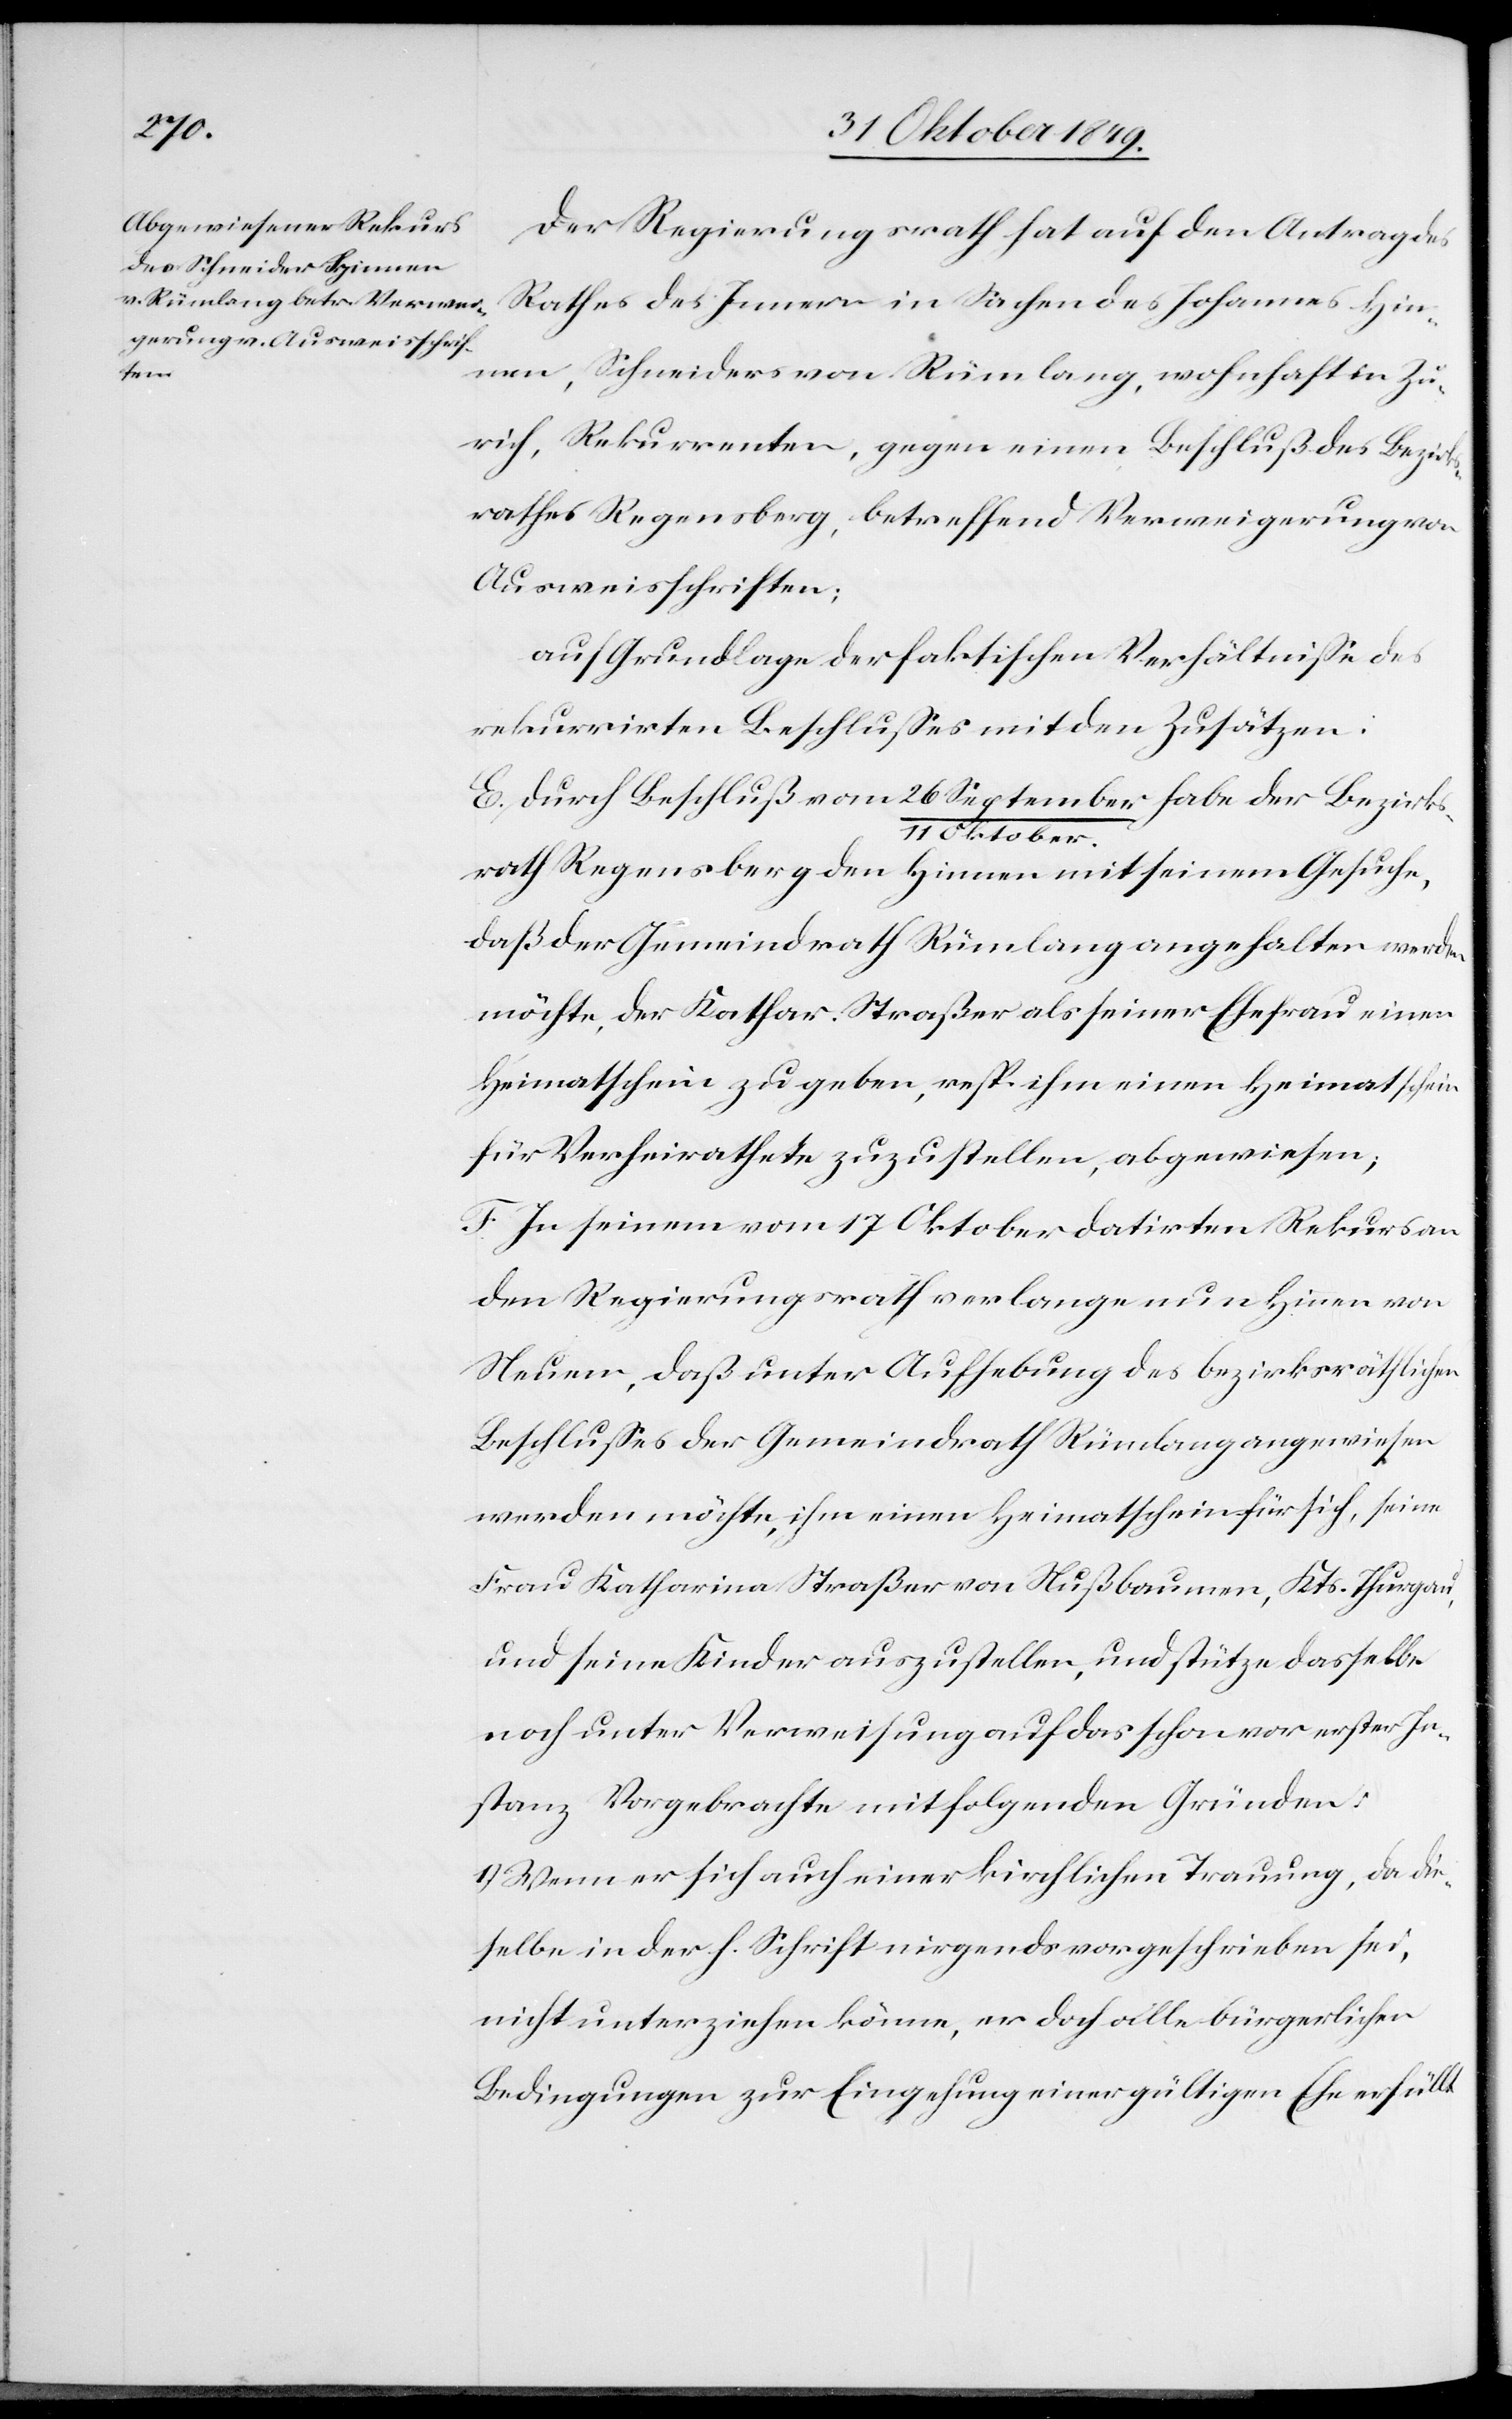
Der Regierungsrath hat auf den Antrag des
Rathes des Innern in Sachen des Johannes Hin¬
nen, Schneiders von Rümlang, wohnhaft in Zü¬
rich, Rekurrenten, gegen einen Beschluß des Bezirks¬
rathes Regensberg, betreffend Verweigerung von
Ausweisschriften;
auf Grundlage der faktischen Verhältniße des
rekurrirten Beschlußes mit den Zusätzen:
E. Durch Beschluß vom 26 September/11 Oktober habe der Bezirks¬
rath Regensberg den Hinnen mit seinem Gesuche,
daß der Gemeindrath Rümlang angehalten werden
möchte, der Kathar. Straßer als seiner Ehefrau einen
Heimatschein zu geben, resp. ihm einen Heimatschein
für Verheirathete zuzustellen, abgewiesen;
F. In seinem vom 17 Oktober datirten Rekurs an
den Regierungsrath verlange nun Hinnen von
Neuem, daß unter Aufhebung des bezirksräthlichen
Beschlußes der Gemeindrath Rümlang angewiesen
werden möchte, ihm einen Heimatschein für sich, seine
Frau Katharina Straßer von Nußbaumen, Kts. Thurgau,
und seine Kinder auszustellen, und stütze dasselbe
noch unter Verweisung auf das schon vor erster In¬
stanz Vorgebrachte mit folgenden Gründen:
1.) Wenn er sich auch einer kirchlichen Trauung, da die¬
selbe in der h. Schrift nirgends vorgeschrieben sei,
nicht unterziehen könne, er doch alle bürgerlichen
Bedingungen zur Eingehung einer gültigen Ehe erfüllt